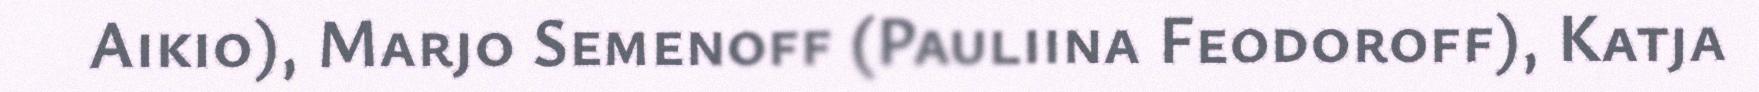
Aikio), Marjo Semenoff (Pauliina Feodoroff), Katja